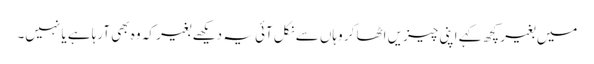
میں بغیر کچھ کہے اپنی چیزیں اٹھا کر وہاں سے نکل آئی یہ دیکھے بغیر کہ وہ بھی آرہا ہے یا نہیں۔